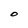
Character: O